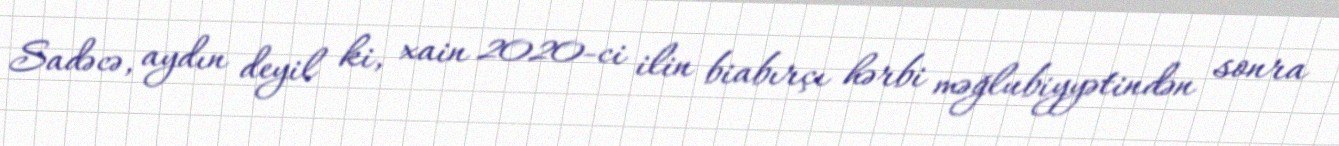
Sadəcə, aydın deyil ki, xain 2020-ci ilin biabırçı hərbi məğlubiyyətindən sonra